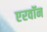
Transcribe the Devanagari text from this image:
एरवॉन